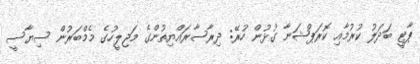
ޕާޓީ ބަދަލު ކުރުމާއި ކޮރަޕްޝަނާ ގުޅުން ހުރޭ: ދިރާސާރައްޔިތުންގެ މަޖިލީހުގެ މެމްބަރުން ސިޔާސީ